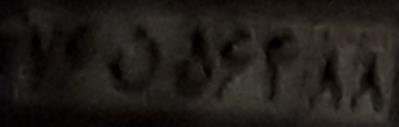
۷۶ن۵۶۴۸۸